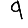
Digit: 9